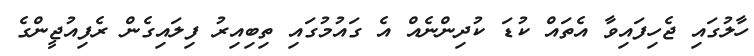
ހާލުގައި ޖެހިފައިވާ އެތައް ކުޑަ ކުދިންނެއް އެ ގައުމުގައި ތިބިއިރު ފިލައިގެން ރެފިއުޖީންގެ